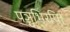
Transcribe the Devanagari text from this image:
पञ्चभिरपि।